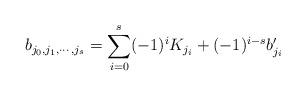
LaTeX: \begin{align*} b_{{j_0},{j_1},\cdots,{j_s}}=\sum_{i=0}^s (-1)^iK_{j_i}+(-1)^{i-s}b_{{j_i}}^\prime \end{align*}